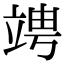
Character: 𥪁